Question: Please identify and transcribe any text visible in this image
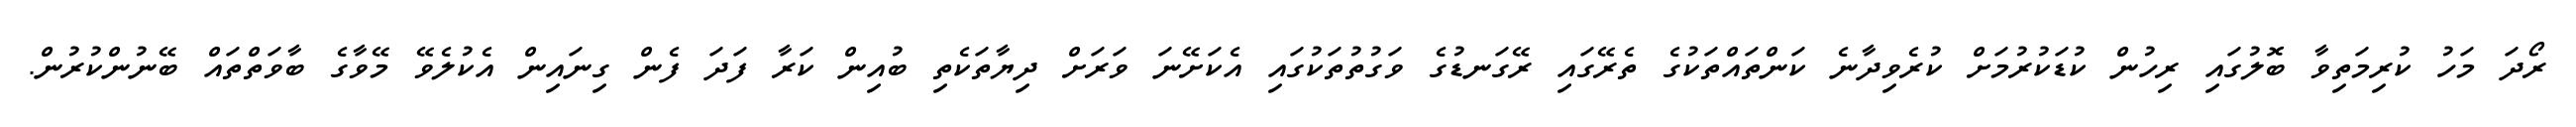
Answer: ރޯދަ މަހު ކުރިމަތިވާ ބޮލުގައި ރިހުން ކުޑަކުރުމަށް ކުރެވިދާނެ ކަންތައްތަކުގެ ތެރޭގައި ރޭގަނޑުގެ ވަގުތުތަކުގައި އެކަށޭނަ ވަރަށް ދިޔާތަކެތި ބުއިން ކަރާ ފަދަ ފެން ގިނައިން އެކުލެވޭ މޭވާގެ ބާވަތްތައް ބޭނުންކުރުން.